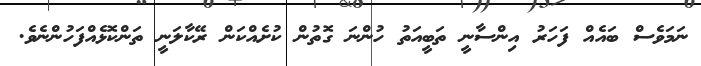
ނަމަވެސް ބައެއް ފަހަރު އިންސާނީ ތަބީއަތު ހުންނަ ގޮތުން ކުށެއްކަން ރޭކާލަނީ ތަންކޮޅެއްފަހުންނެވެ.